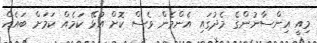
މިއީ އިންސާނުންގެ މެދުގައި އެންމެން ވެސް ކޮށް އުޅޭ ކަމެއް ކަމަށް ބައެއް